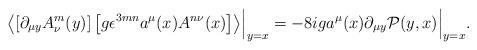
LaTeX: \begin{align*}\left\langle \left[ \partial_{\mu y} A^m_\nu (y) \right] \left[ g \epsilon^{3mn} a^\mu (x) A^{n \nu}(x) \right] \right\rangle \Bigr |_{y=x} = - 8 i g a^\mu(x) \partial_{\mu y} \mathcal P (y,x) \Bigr |_{y=x} .\end{align*}